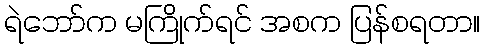
ရဲဘော်က မကြိုက်ရင် အစက ပြန်စရတာ။